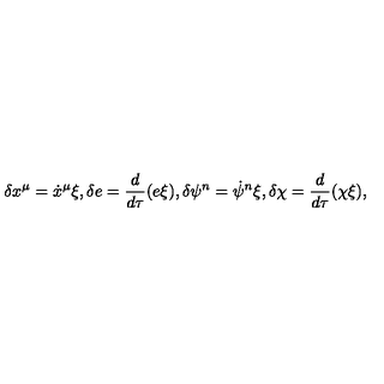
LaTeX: \delta x ^ { \mu } = \dot { x } ^ { \mu } \xi , \delta e = \frac { d } { d \tau } ( e \xi ) , \delta \psi ^ { n } = \dot { \psi } ^ { n } \xi , \delta \chi = \frac { d } { d \tau } ( \chi \xi ) ,